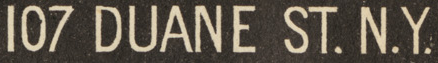
107 DUANE ST. N.Y.